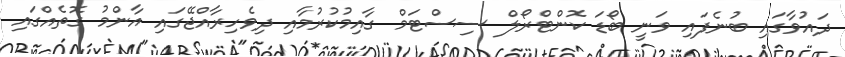
ދައުވާގައި ބުނެފައި ވަނީ ބޯޑަ ކޮންޓްރޯލް ސިސްޓަމް ގާއިމުކުރުމާއި ދިވެހިރާއްޖޭގައި އާންމު ގޮތެއްގައި